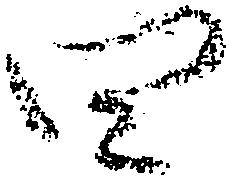
四